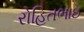
રોહિતભાઇ